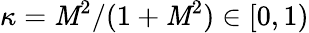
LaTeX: \kappa=\mathit{M}^{2}/(1+\mathit{M}^{2})\in[0,1)